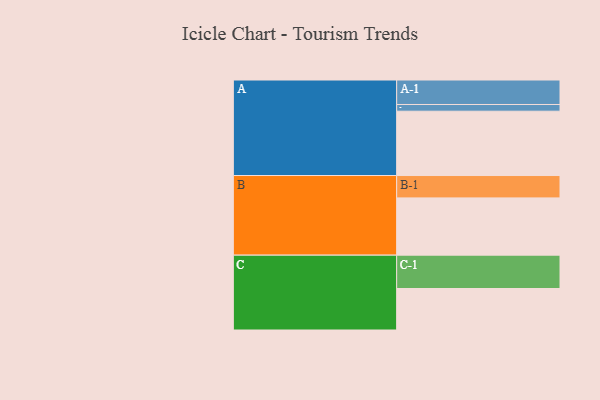
{"axis": {"x": "Segment", "y": "Value"}, "legend": ["", "A", "B", "C"], "data": [{"x": "A", "y": 575, "type": ""}, {"x": "B", "y": 512, "type": ""}, {"x": "C", "y": 371, "type": ""}, {"x": "A-1", "y": 219, "type": "A"}, {"x": "A-2", "y": 60, "type": "A"}, {"x": "B-1", "y": 200, "type": "B"}, {"x": "C-1", "y": 298, "type": "C"}]}